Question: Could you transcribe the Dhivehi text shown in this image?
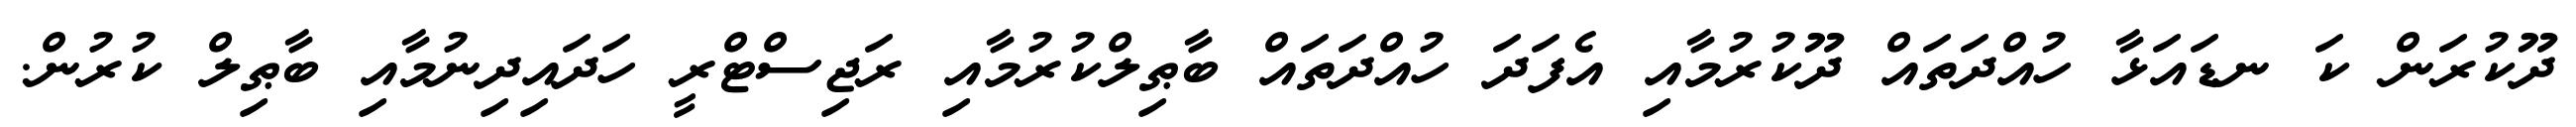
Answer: ދޫކުރަން ކަ ނޑައަޅާ ހުއްދަތައް ދޫކުރުމާއި އެފަދަ ހުއްދަތައް ބާޠިލްކުރުމާއި ރަޖިސްޓްރީ ހަދައިދިނުމާއި ބާޠިލް ކުރުން.